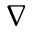
\nabla